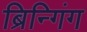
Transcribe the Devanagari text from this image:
ब्रिन्गिंग